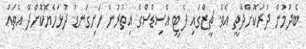
ބެދުމުން ދުރުކޮށްދޭތީ އެވެ. ޗީޒްގައި ފެޓީ އެސިޑްސްގެ އިތުރުން ހަށިގަނޑު ދުޅަހެޔޮކޮށްދޭ އެތައް